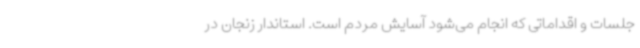
جلسات و اقداماتی که انجام می‌شود آسایش مردم است. استاندار زنجان در